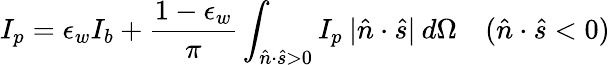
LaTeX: I_{p}=\epsilon_{w}I_{b}+\frac{1-\epsilon_{w}}{\pi}\int_{\hat{n}\cdot\hat{s}>0}I_{p}\: |\hat{n}\cdot\hat{s}|\: d\Omega\quad(\hat{n}\cdot\hat{s}<0)